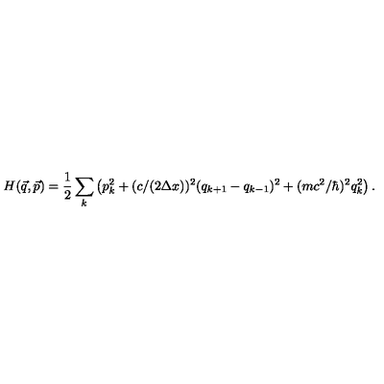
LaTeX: H ( \vec { q } , \vec { p } ) = { \frac { 1 } { 2 } } \sum _ { k } \left( p _ { k } ^ { 2 } + ( c / ( 2 \Delta x ) ) ^ { 2 } ( q _ { k + 1 } - q _ { k - 1 } ) ^ { 2 } + ( m c ^ { 2 } / \hbar ) ^ { 2 } q _ { k } ^ { 2 } \right) .